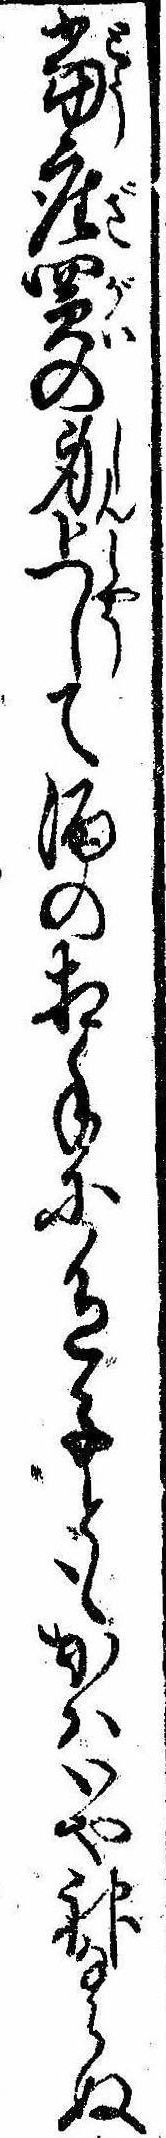
当座買の身上して酒の相手に色子ともかはいや神ならぬ